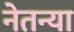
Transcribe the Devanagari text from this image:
नेतन्या